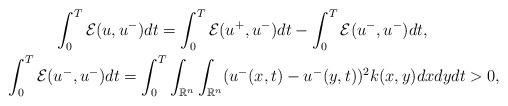
LaTeX: \begin{align*}&\quad\quad\quad\int_{0}^{T}\mathcal{E}(u,u^{-})dt = \int_{0}^{T}\mathcal{E}(u^{+},u^{-})dt - \int_{0}^{T}\mathcal{E}(u^{-},u^{-})dt, \\&\int_{0}^{T}\mathcal{E}(u^{-},u^{-})dt = \int_{0}^{T}\int_{\mathbb{R}^{n}}\int_{\mathbb{R}^{n}}(u^{-}(x,t) - u^{-}(y,t))^{2}k(x,y)dxdydt > 0,\end{align*}